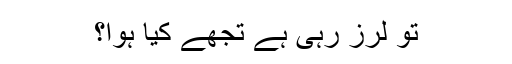
تو لرز رہی ہے تجھے کیا ہوا؟